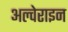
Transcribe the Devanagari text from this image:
अल्वेराइन